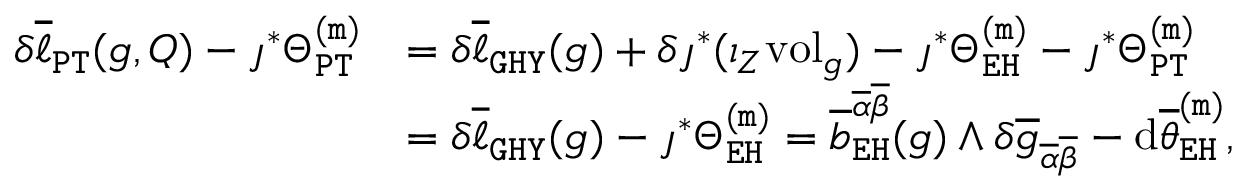
\begin{array} { r l } { \delta \overline { { \ell } } _ { \mathtt { P T } } ( g , Q ) - \jmath ^ { * } \Theta _ { \mathtt { P T } } ^ { \mathtt { ( m ) } } } & { = \delta \overline { { \ell } } _ { \mathtt { G H Y } } ( g ) + \delta \jmath ^ { * } ( \iota _ { Z } \mathrm { v o l } _ { g } ) - \jmath ^ { * } \Theta _ { \mathtt { E H } } ^ { \mathtt { ( m ) } } - \jmath ^ { * } \Theta _ { \mathtt { P T } } ^ { \mathtt { ( m ) } } } \\ & { = \delta \overline { { \ell } } _ { \mathtt { G H Y } } ( g ) - \jmath ^ { * } \Theta _ { \mathtt { E H } } ^ { \mathtt { ( m ) } } = \overline { { b } } _ { \mathtt { E H } } ^ { \overline { { \alpha } } \overline { { \beta } } } ( g ) \wedge \delta \overline { { g } } _ { \overline { { \alpha } } \overline { { \beta } } } - \mathrm { d } \overline { { \theta } } _ { \mathtt { E H } } ^ { \mathtt { ( m ) } } , } \end{array}